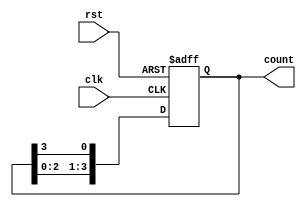
module ring_counter #(
    parameter N = 4  // Number of flip-flops (counter bits)
)(
    input wire clk,   // Clock signal
    input wire rst,   // Reset signal
    output reg [N-1:0] count // Output of the ring counter
);

// Initial state of the ring counter
initial begin
    count = 1'b1; // Initialize the counter with a single '1'
end

// Always block triggered on the rising edge of the clock or reset
always @(posedge clk or posedge rst) begin
    if (rst) begin
        count <= 1'b1; // Reset to the initial state
    end else begin
        // Shift the '1' through the counter
        count <= {count[N-2:0], count[N-1]}; // Rotate the bits
    end
end

endmodule